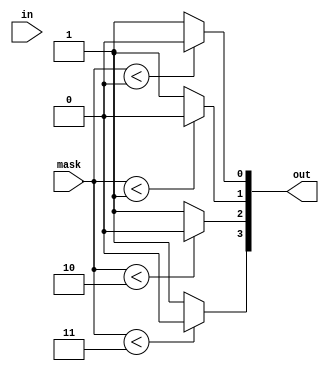
module maskunit  #(
		   parameter REQ_LEN = 4,
		   parameter GRANT_LEN = 2
		   )
   (
    input wire [GRANT_LEN-1:0] mask,
    input wire [REQ_LEN-1:0]   in,
    output reg [REQ_LEN-1:0]   out
   );
   integer 		      i;
   always @ (*) begin
      out = 0;
      for (i = 0 ; i < REQ_LEN ; i = i+1) begin
	 out[i] = (mask < i) ? 1'b0 : 1'b1;
      end
   end
endmodule